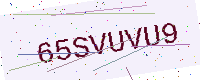
Text: 65SVUVU9